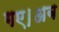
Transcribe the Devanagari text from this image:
गए।अब